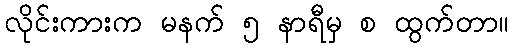
လိုင်းကားက မနက် ၅ နာရီမှ စ ထွက်တာ။